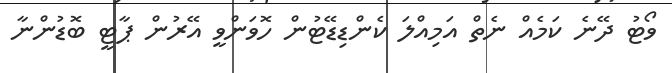
ވޯޓު ދޭނެ ކަމެއް ނެތް އަމިއްލަ ކެންޑިޑޭޓުން ހޮވަންވީ އޭރުން ޕާޓީ ބޮޑުންނާ